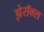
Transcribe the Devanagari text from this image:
झेरॉक्‍स